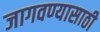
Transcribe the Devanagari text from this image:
जागवण्यासाठी